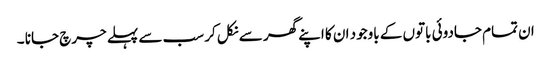
ان تمام جادوئی باتوں کے باوجود ان کا اپنے گھر سے نکل کر سب سے پہلے چرچ جانا ۔